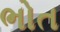
ભોત